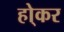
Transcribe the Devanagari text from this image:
हो्कर